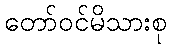
တော်ဝင်မိသားစု